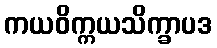
ကယဝိက္ကယသိက္ခာပဒ